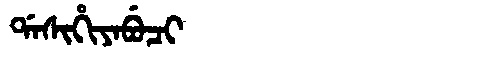
Manchu: ᡩᠠᠰᡳᡥᡳᠶᠠᠪᡠᠴᡳ
Romanization: DASIHIYABUCI